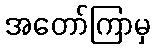
အတော်ကြာမှ